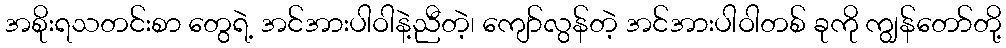
အစိုးရသတင်းစာ တွေရဲ့ အင်အားပါဝါနဲ့ညီတဲ့၊ ကျော်လွန်တဲ့ အင်အားပါဝါတစ် ခုကို ကျွန်တော်တို့